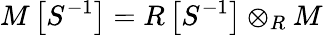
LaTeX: M\left[S^{-1}\right]=R\left[S^{-1}\right]\otimes_{R}M